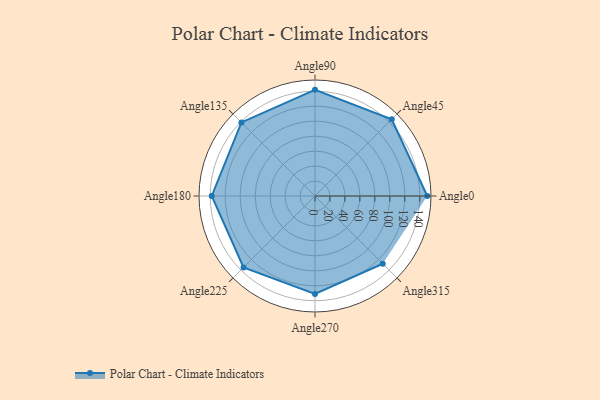
{"axis": {"x": "Angle", "y": "Radius"}, "legend": [""], "data": [{"x": "Angle0", "y": 150.0, "type": ""}, {"x": "Angle45", "y": 145.0, "type": ""}, {"x": "Angle90", "y": 142.0, "type": ""}, {"x": "Angle135", "y": 139.0, "type": ""}, {"x": "Angle180", "y": 138.0, "type": ""}, {"x": "Angle225", "y": 135.0, "type": ""}, {"x": "Angle270", "y": 131.0, "type": ""}, {"x": "Angle315", "y": 128.0, "type": ""}]}